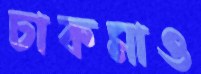
চাকমাও